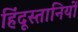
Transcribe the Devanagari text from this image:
हिंदूस्तानियों